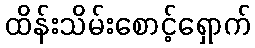
ထိန်းသိမ်းစောင့်ရှောက်